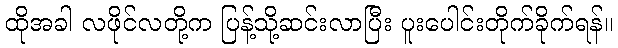
ထိုအခါ လဖိုင်လတို့က ပြန့်သို့ဆင်းလာပြီး ပူးပေါင်းတိုက်ခိုက်ရန်။